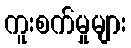
ကူးစက်မှုများ